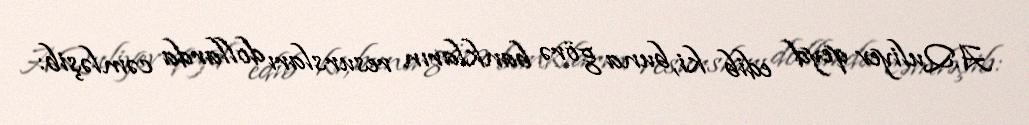
A.Quliyev qeyd edib ki, buna görə bankların resursları dollarda cəmləşib: